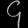
Digit: ၄